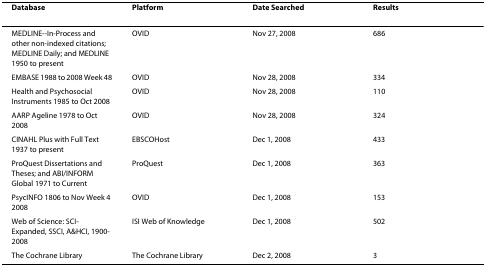
<table><thead><tr><td><b>Database</b></td><td><b>Platform</b></td><td><b>Date Searched</b></td><td><b>Results</b></td></tr></thead><tbody><tr><td>MEDLINE--In-Process and other non-indexed citations; MEDLINE Daily; and MEDLINE 1950 to present</td><td>OVID</td><td>Nov 27, 2008</td><td>686</td></tr><tr><td>EMBASE 1988 to 2008 Week 48</td><td>OVID</td><td>Nov 28, 2008</td><td>334</td></tr><tr><td>Health and Psychosocial Instruments 1985 to Oct 2008</td><td>OVID</td><td>Nov 28, 2008</td><td>110</td></tr><tr><td>AARP Ageline 1978 to Oct 2008</td><td>OVID</td><td>Nov 28, 2008</td><td>324</td></tr><tr><td>CINAHL Plus with Full Text 1937 to present</td><td>EBSCOHost</td><td>Dec 1, 2008</td><td>433</td></tr><tr><td>ProQuest Dissertations and Theses; and ABI/INFORM Global 1971 to Current</td><td>ProQuest</td><td>Dec 1, 2008</td><td>363</td></tr><tr><td>PsycINFO 1806 to Nov Week 4 2008</td><td>OVID</td><td>Dec 1, 2008</td><td>153</td></tr><tr><td>Web of Science: SCI-Expanded, SSCI, A&amp;HCI, 1900-2008</td><td>ISI Web of Knowledge</td><td>Dec 1, 2008</td><td>502</td></tr><tr><td>The Cochrane Library</td><td>The Cochrane Library</td><td>Dec 2, 2008</td><td>3</td></tr></tbody></table>